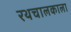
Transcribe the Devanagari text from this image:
रथचालकाला